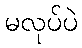
မလုပ်ပဲ